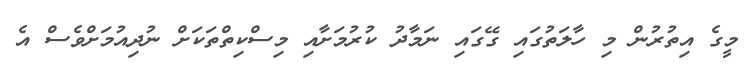
މީގެ އިތުުރުން މި ހާލަތުގައި ގޭގައި ނަމާދު ކުރުމަށާއި މިސްކިތްތަކަށް ނުދިއުމަށްވެސް އެ